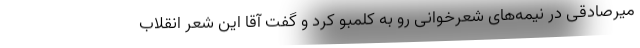
میرصادقی در نیمه‌های شعرخوانی رو به کلمبو کرد و گفت آقا این شعر انقلاب